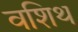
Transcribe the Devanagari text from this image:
वशिथ